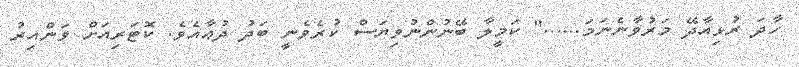
ހާދަ ރުޅިއާދޭ މަރުވާނެނަމަ......" ކަމީލާ ބޭނުންނުވިޔަސް ކުރެވެނީ ބަދު ދުޢާއެވެ. ކޮޓަރިއަށް ވަންއިރު